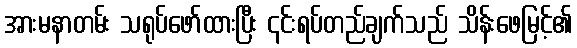
အားမနာတမ်း သရုပ်ဖော်ထားပြီး ၎င်းရပ်တည်ချက်သည် သိန်းဖေမြင့်၏